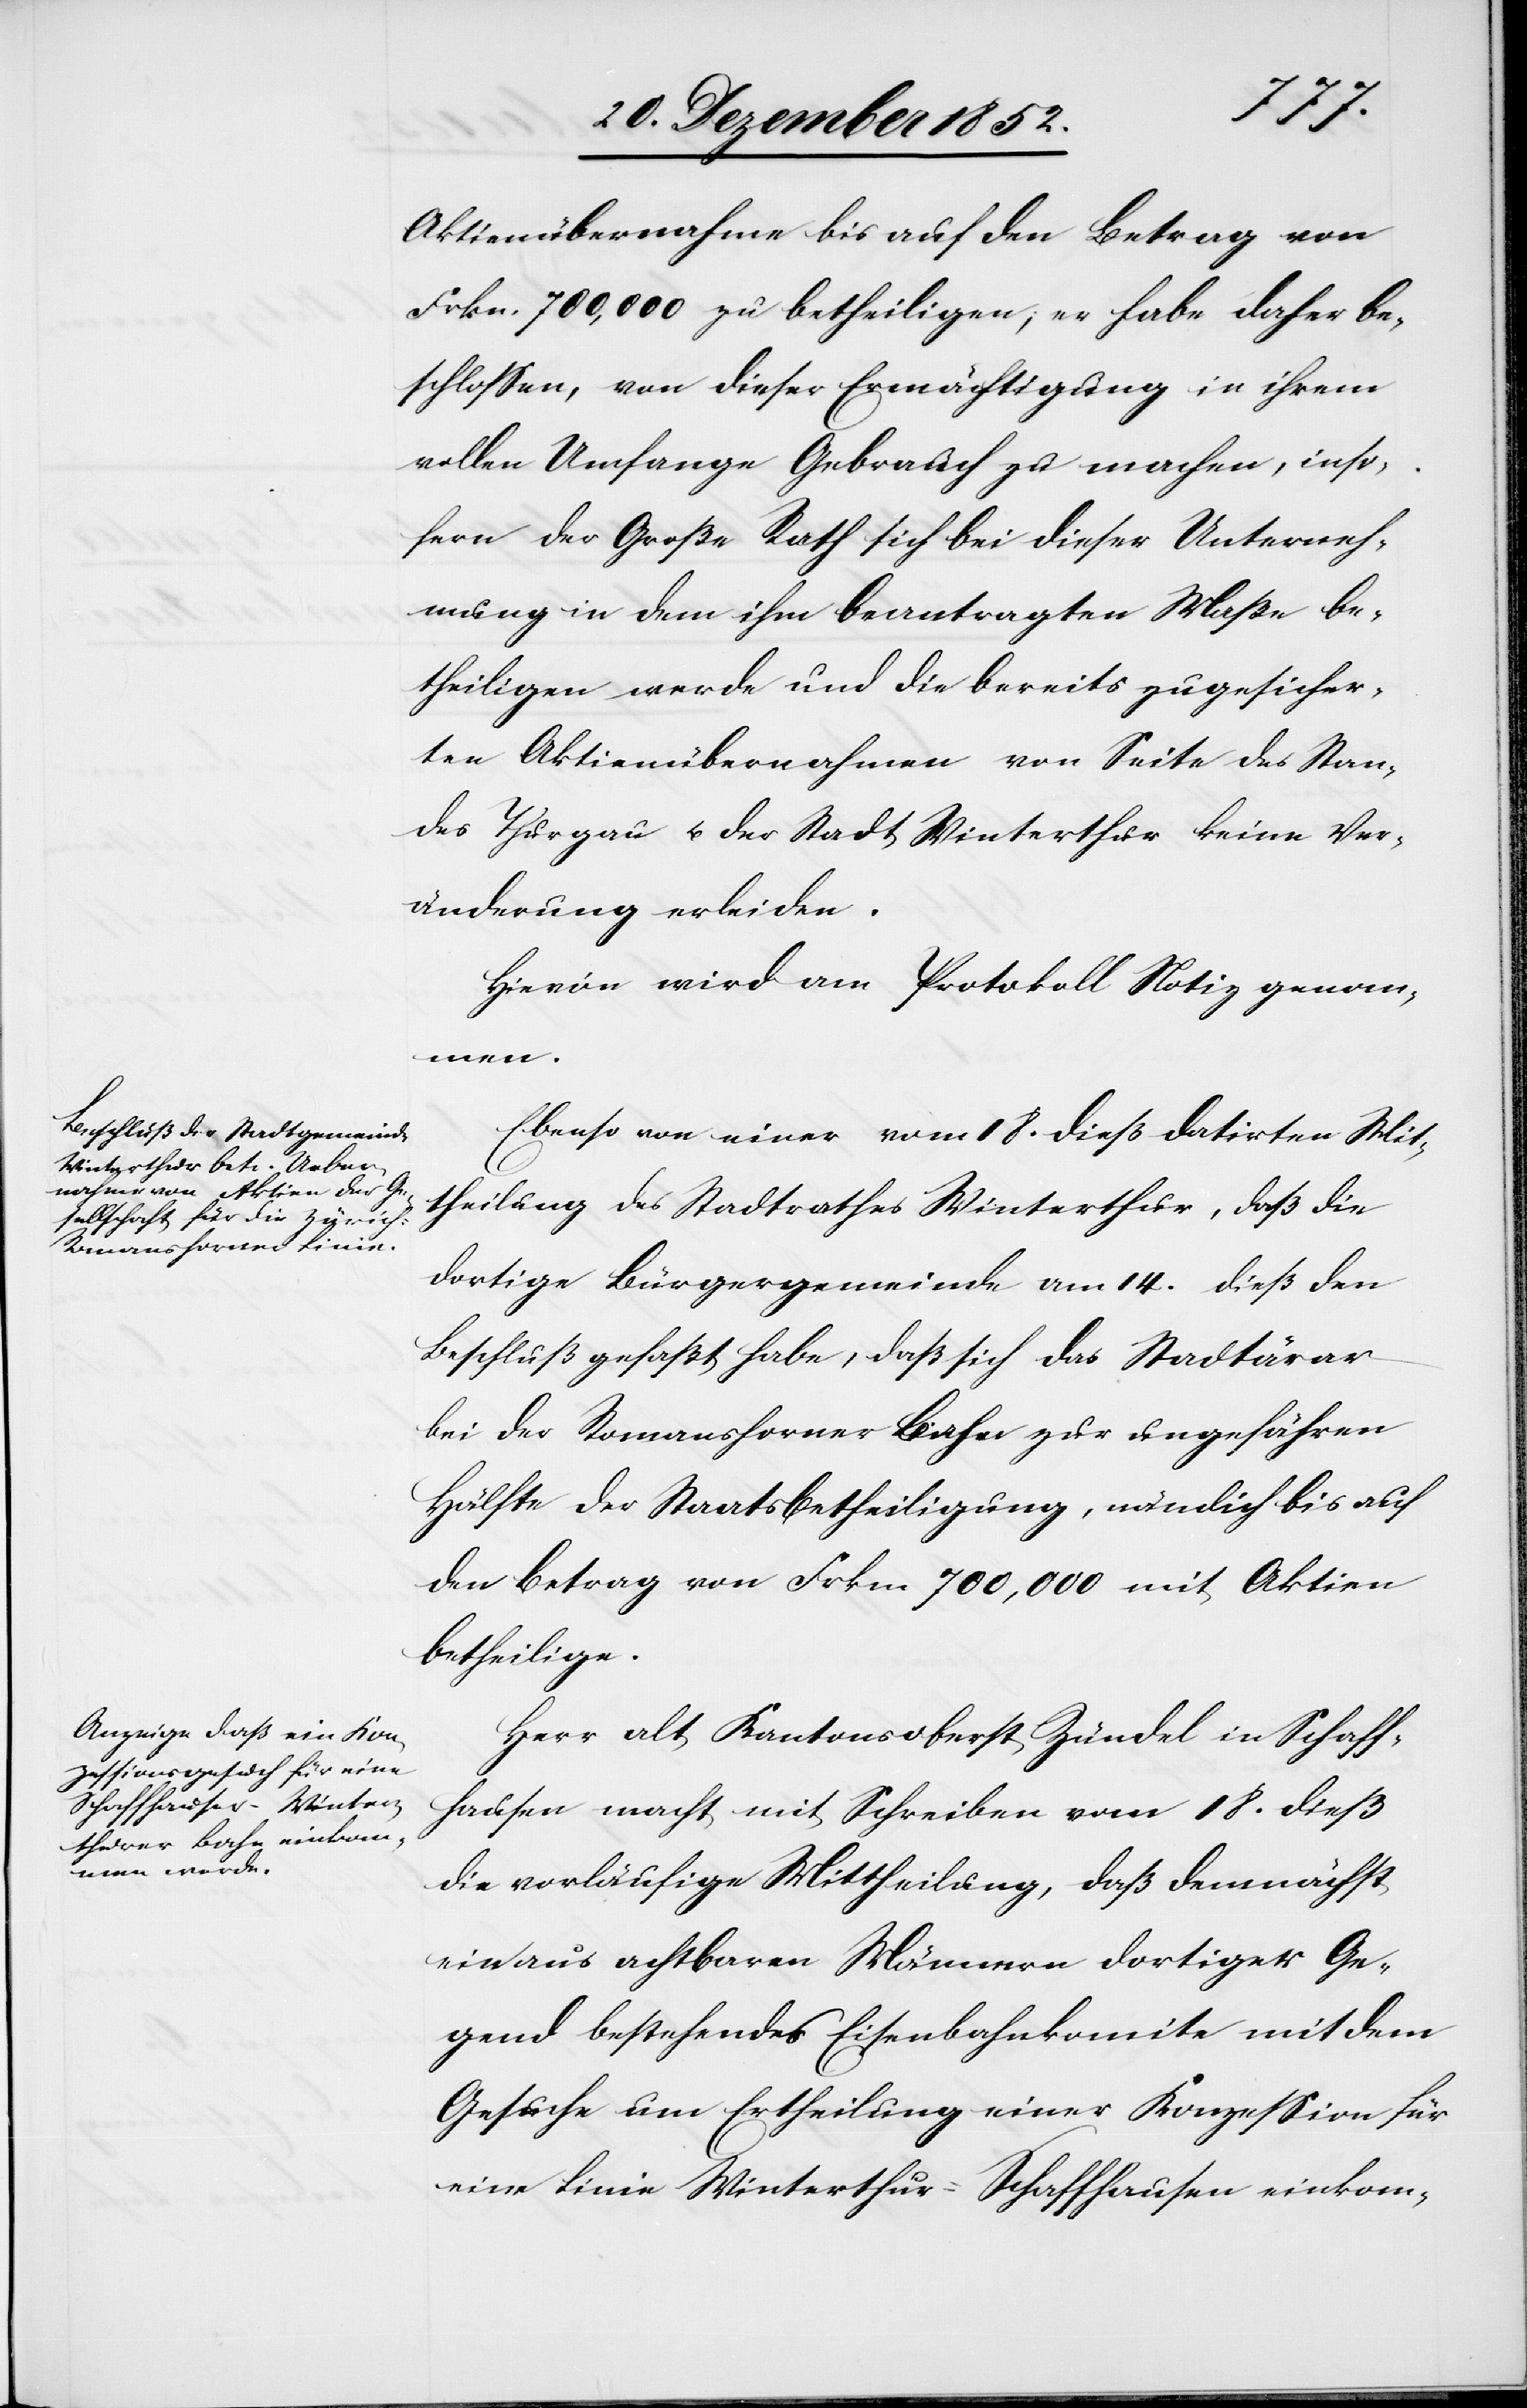
Aktienübernahme bis auf den Betrag von
Frkn. 700,000 zu betheiligen; er habe daher be¬
schlossen, von dieser Ermächtigung in ihrem
vollen Umfange Gebrauch zu machen, inso¬
fern der Große Rath sich bei dieser Unterneh¬
mung in dem ihm beantragten Maße be¬
theiligen werde und die bereits zugesicher¬
ten Aktienübernahmen von Seite des Stan¬
des Thurgau u. der Stadt Winterthur keine Ver¬
änderung erleiden.
Hievon wird am Protokoll Notiz genom¬
men.
Ebenso von einer vom 18. dieß datirten Mit¬
theilung des Stadtrathes Winterthur, daß die
dortige Bürgergemeinde am 14. dieß den
Beschluß gefaßt habe, daß sich das Stadtärar
bei der Romanshorner Bahn zur ungefähren
Hälfte der Staatsbetheiligung, nämlich bis auf
den Betrag von Frkn. 700,000 mit Aktien
betheilige.
Herr alt Kantonsoberst Zündel in Schaff¬
hausen macht mit Schreiben vom 18. dieß
die vorläufige Mittheilung, daß demnächst
ein aus achtbaren Männern dortiger Ge¬
gend bestehendes Eisenbahnkomite mit dem
Gesuche um Ertheilung einer Konzession für
eine Linie Winterthur-Schaffhausen einkom-